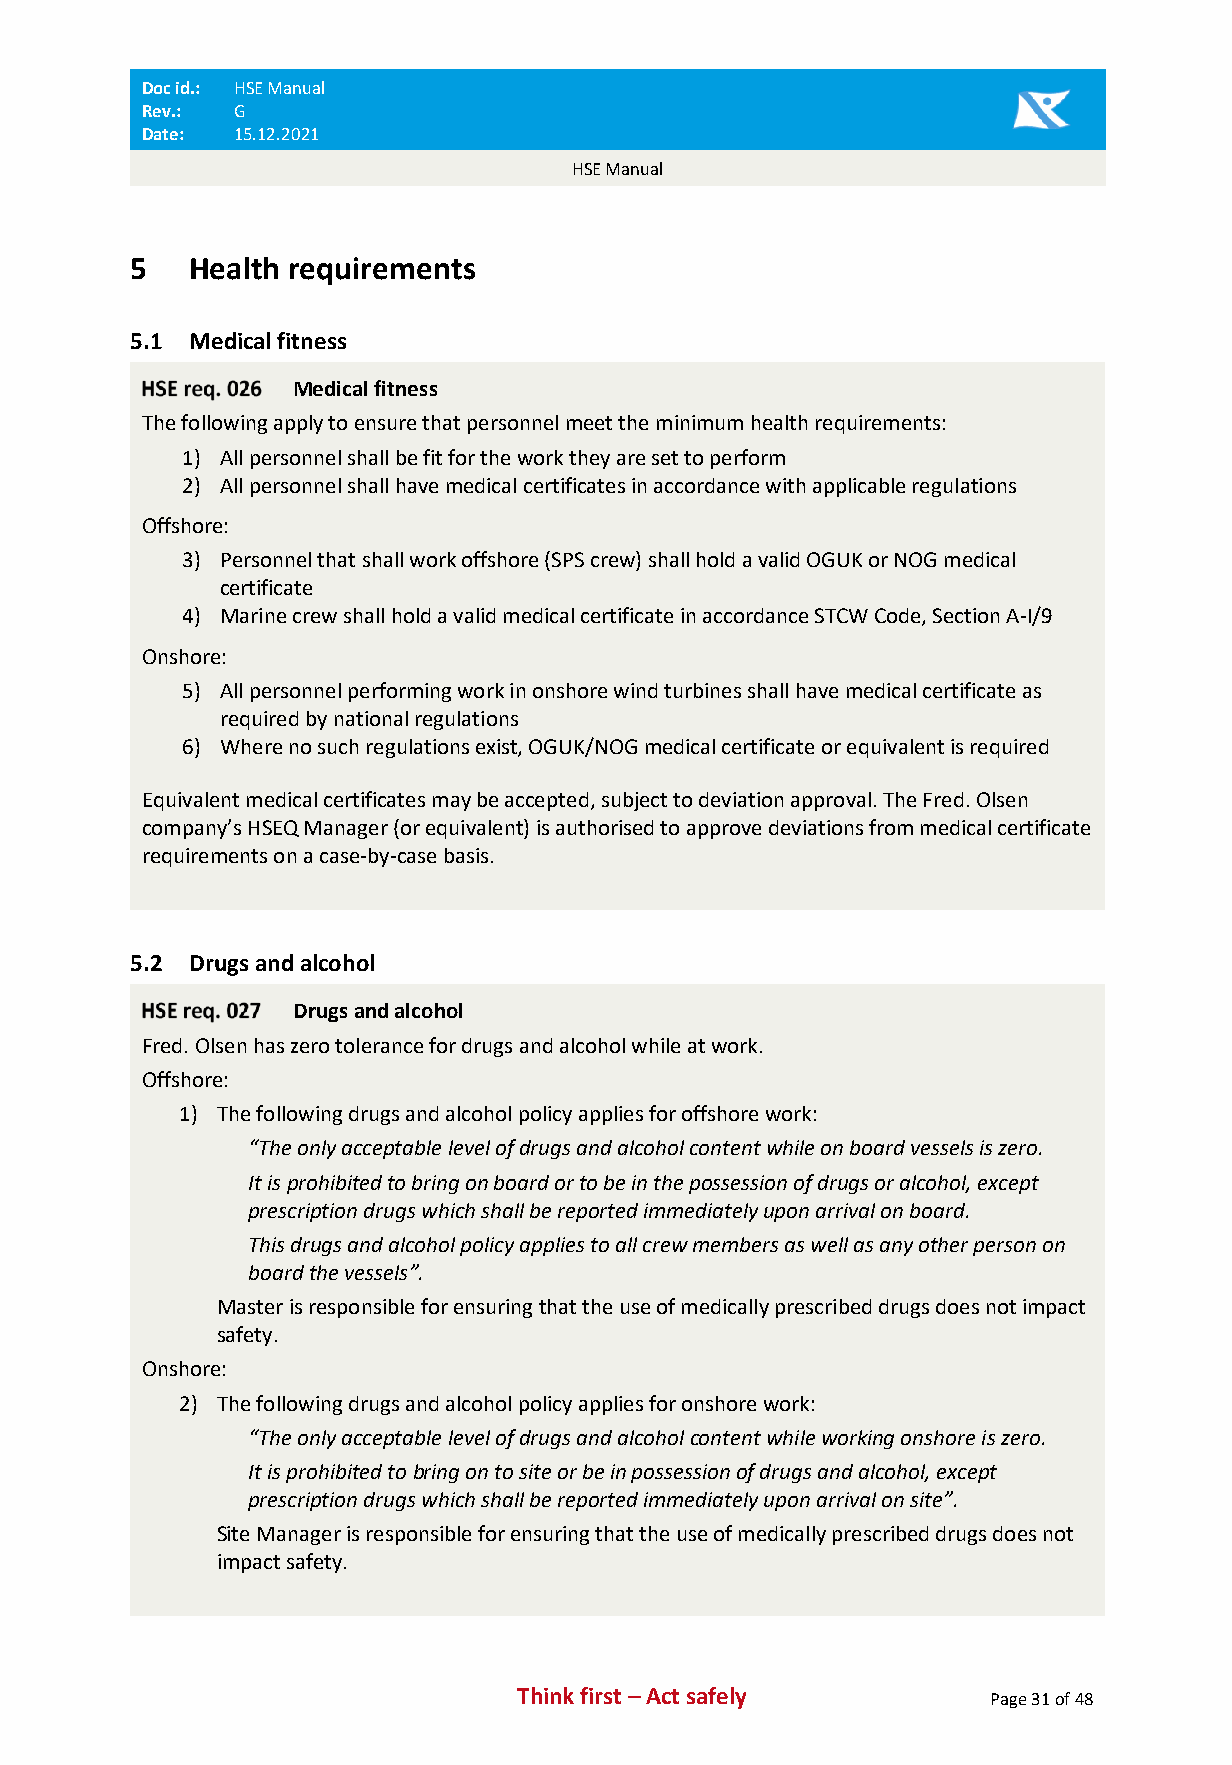
Doc id.: HSE Manual
 Rev.: G
 Date: 15.12.2021
 HSE Manual
 5   Health requirements
 5.1 Medical fitness
 Medical fitness
 The following apply to ensure that personnel meet the minimum health requirements:
 1) All personnel shall be fit for the work they are set to perform
 2) All personnel shall have medical certificates in accordance with applicable regulations
 Offshore:
 3) Personnel that shall work offshore (SPS crew) shall hold a valid OGUK or NOG medical
 certificate
 4) Marine crew shall hold a valid medical certificate in accordance STCW Code, Section A-I/9
 Onshore:
 5) All personnel performing work in onshore wind turbines shall have medical certificate as
 required by national regulations
 6) Where no such regulations exist, OGUK/NOG medical certificate or equivalent is required
 Equivalent medical certificates may be accepted, subject to deviation approval. The Fred. Olsen
 company’s HSEQ Manager (or equivalent) is authorised to approve deviations from medical certificate
 requirements on a case-by-case basis.
 5.2 Drugs and alcohol
 Drugs and alcohol
 Fred. Olsen has zero tolerance for drugs and alcohol while at work.
 Offshore:
 1) The following drugs and alcohol policy applies for offshore work:
 “The only acceptable level of drugs and alcohol content while on board vessels is zero.
 It is prohibited to bring on board or to be in the possession of drugs or alcohol, except
 prescription drugs which shall be reported immediately upon arrival on board.
 This drugs and alcohol policy applies to all crew members as well as any other person on
 board the vessels”.
 Master is responsible for ensuring that the use of medically prescribed drugs does not impact
 safety.
 Onshore:
 2) The following drugs and alcohol policy applies for onshore work:
 “The only acceptable level of drugs and alcohol content while working onshore is zero.
 It is prohibited to bring on to site or be in possession of drugs and alcohol, except
 prescription drugs which shall be reported immediately upon arrival on site”.
 Site Manager is responsible for ensuring that the use of medically prescribed drugs does not
 impact safety.
 Think first – Act safely       Page 31 of 48